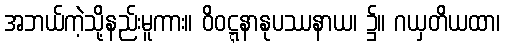
အဘယ်ကဲ့သို့နည်းမူကား။ ဝိဝဋ္ဋနာနုပဿနာယ၊ ၌။ ဂယှတိယထာ၊